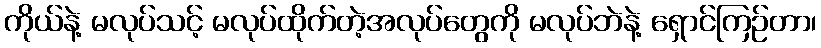
ကိုယ်နဲ့ မလုပ်သင့် မလုပ်ထိုက်တဲ့အလုပ်တွေကို မလုပ်ဘဲနဲ့ ရှောင်ကြဉ်တာ၊